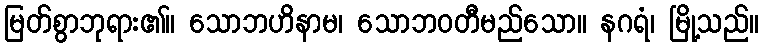
မြတ်စွာဘုရား၏။ သောဘဟိနာမ၊ သောဘဝတီမည်သော။ နဂရံ၊ မြို့သည်။